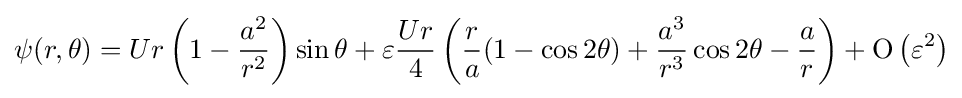
\psi (r,\theta )=Ur\left(1-{\frac {a^{2}}{r^{2}}}\right)\sin \theta +\varepsilon {\frac {Ur}{4}}\left({\frac {r}{a}}(1-\cos 2\theta )+{\frac {a^{3}}{r^{3}}}\cos 2\theta -{\frac {a}{r}}\right)+\mathrm {O} \left(\varepsilon ^{2}\right)